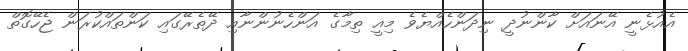
އެއުޅެނީ އޭނައަށް ކާންނުދީ ނިދަންހެއްޔެވެ މިއީ ތިމާގެ އަންހެނުންނާއި ދޭތެރޭގައި ކަންތައްކުރަން ޖެހޭގޮތް